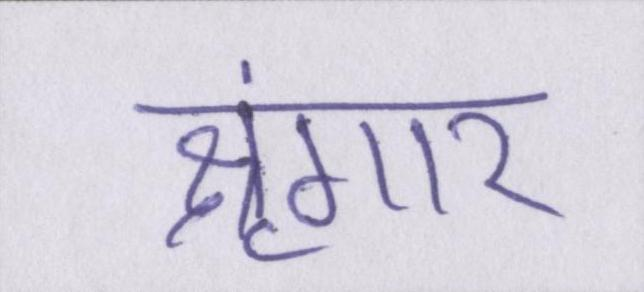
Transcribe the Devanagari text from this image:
श्रृंगार